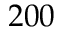
2 0 0